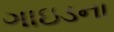
ગાઇડના